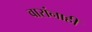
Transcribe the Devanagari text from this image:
वारांनाही